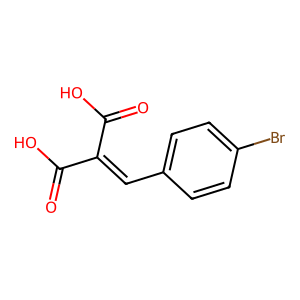
SMILES: O=C(O)C(=Cc1ccc(Br)cc1)C(=O)O
Inhibits HIV replication: No